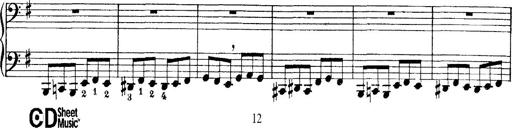
Title: Tarantelle di bravura dâ€™aprÃ¨s la tarantelle de La muette de Portici
Composer: Franz Liszt